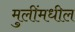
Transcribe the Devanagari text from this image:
मुलींमधील